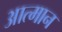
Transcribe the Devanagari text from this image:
आत्मान